Code of medical and sanitary regulations for the guidance of medical officers serving in the Madras Presidency - Volume II
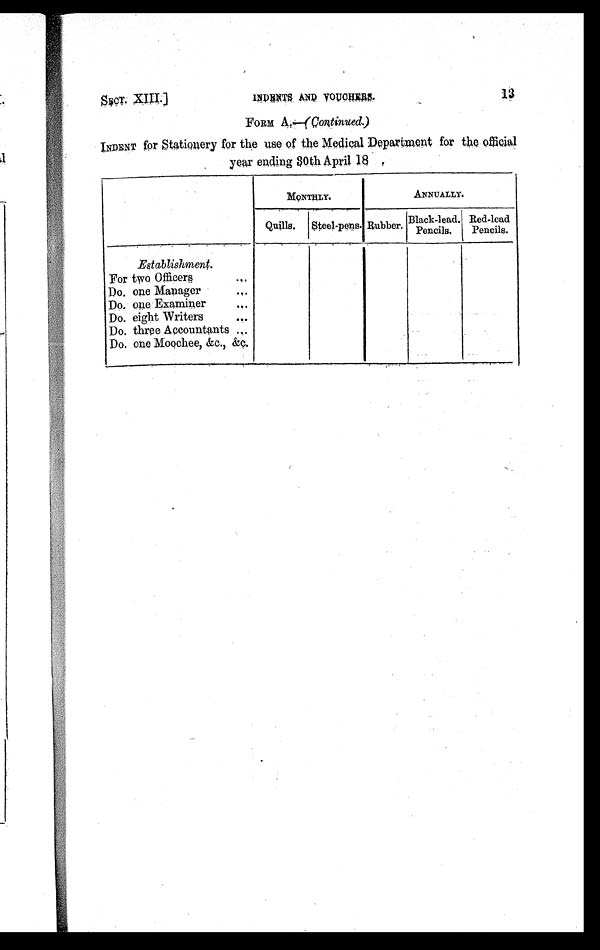
INDENTS AND VOUCHERS .
13
FORM A.—(Continued.)
INDENT for Stationery for the use of the Medical Department for the offcial
year ending 30th April 18.
MONTHLY.
ANNUALLY.
Quills. Steel-pens. Rubber. Black-lead.
Pencils.
Red-lead
Pencils.
Establishment.
For two Officers
. . .
Do. one Manager
. . .
Do. one Examiner
. . .
Do. eight Writers
. . .
Do. three Accountants . . .
Do. one Moochee, &c., &c.